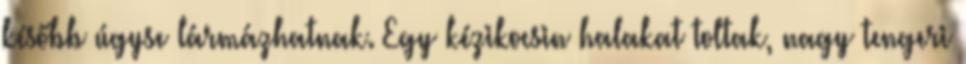
később úgyse lármázhatnak. Egy kézikocsin halakat toltak, nagy tengeri